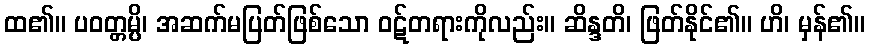
ထ၏။ ပဝတ္တမ္ပိ၊ အဆက်မပြတ်ဖြစ်သော ဝဋ်တရားကိုလည်း။ ဆိန္ဒတိ၊ ဖြတ်နိုင်၏။ ဟိ၊ မှန်၏။